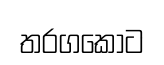
තරගකොට